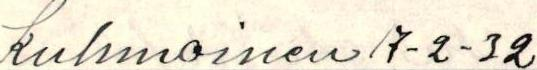
kuhmoinen 17-2-32